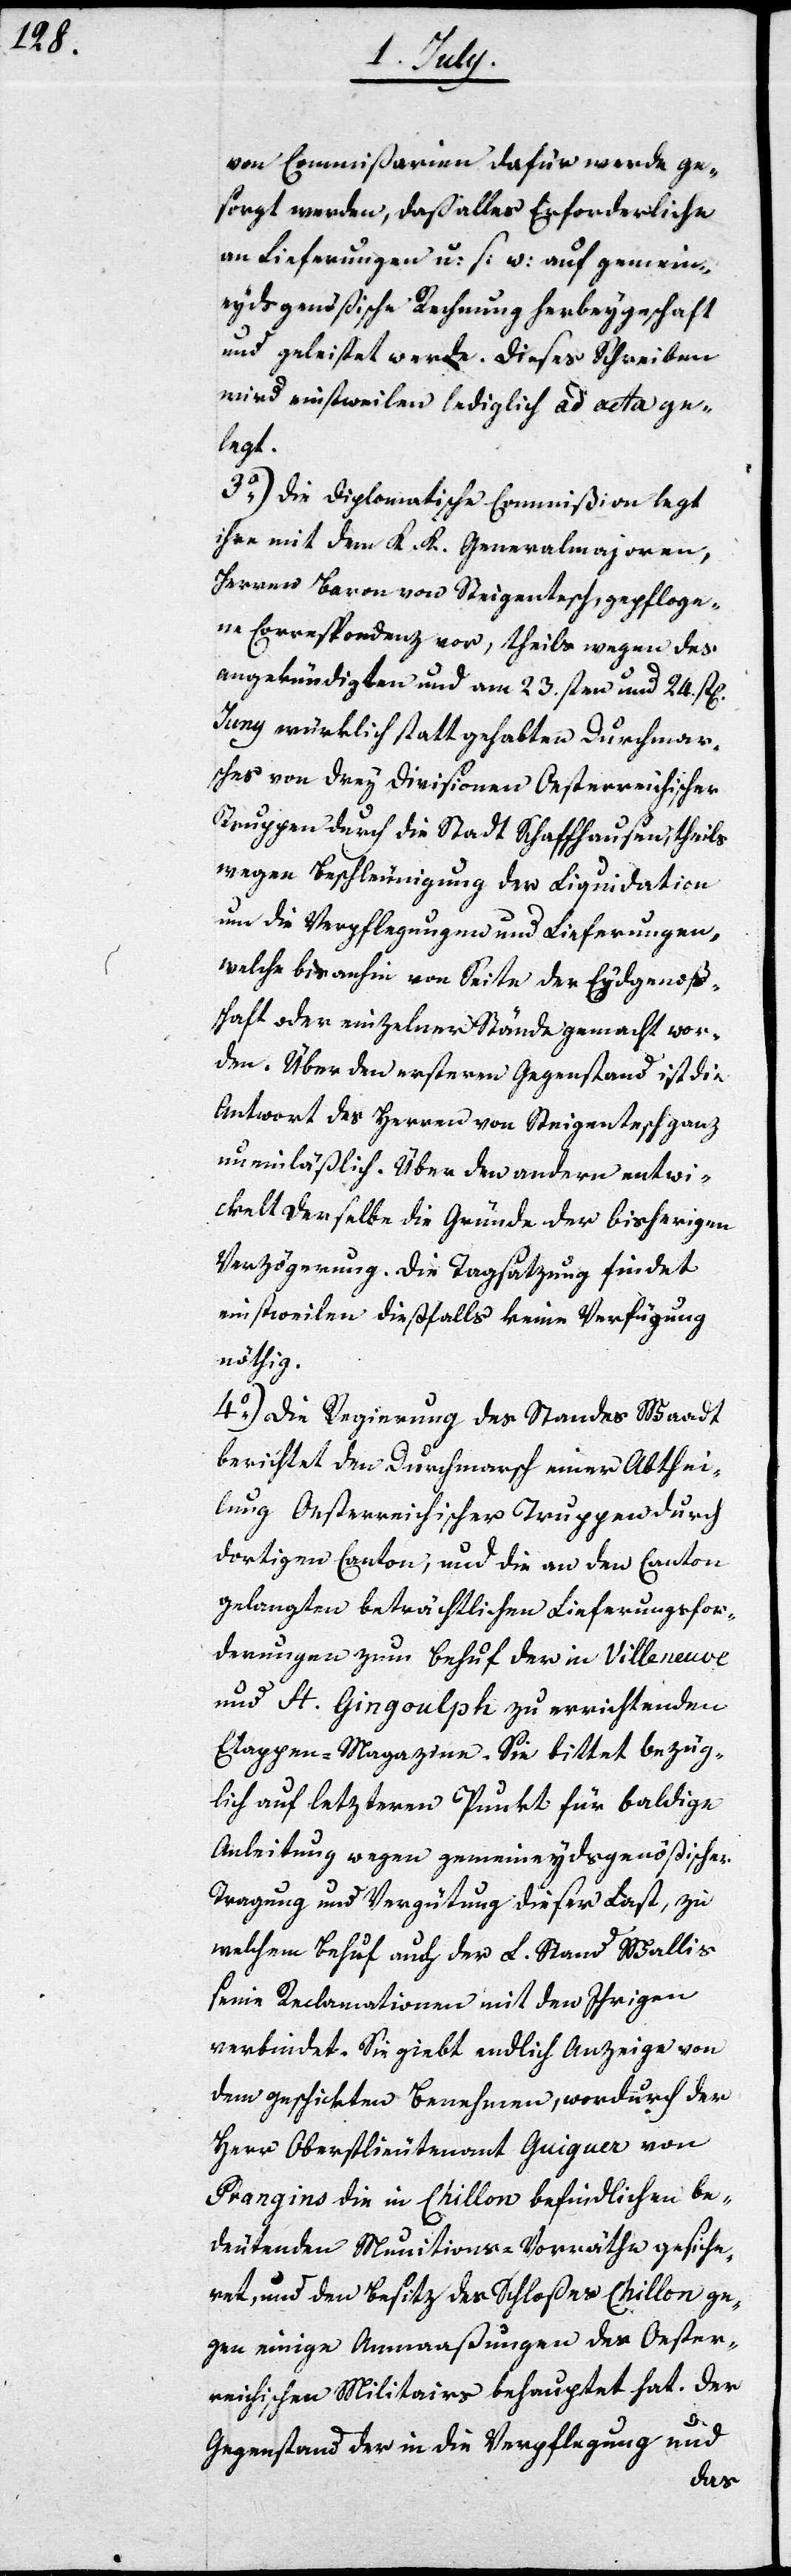
von Commißarien dafür werde ge¬
sorgt werden, daß alles Erforderliche
an Lieferungen u: s: w: auf gemein¬
eydsgenößische Rechnung herbeygeschaft
und geleistet werde. Dieses Schreiben
wird einstweilen lediglich ad acta ge¬
legt.
3o) Die Diplomatische Commißion legt
ihre mit dem K. K. Generalmajoren,
Herren Baron von Steigentesch, gepfloge¬
ne Correspondenz vor, theils wegen des
angekündigten und am 23.sten und 24.st[en]
Juny würklich statt gehabten Durchmar¬
sches von drey Divisionen Oesterreichischer
Truppen durch die Stadt Schaffhausen, theils
wegen Beschleunigung der Liquidation
um die Verpflegungen und Lieferungen,
welche bis anhin von Seite der Eydgenoß¬
schaft oder einzelner Stände gemacht wor¬
den. Über den ersteren Gegenstand ist die
Antwort des Herren von Steigentesch ganz
uneinläßlich. Über den andern entwi¬
ckelt derselbe die Gründe der bisherigen
Verzögerung. Die Tagsatzung findet
einstweilen dießfalls keine Verfügung
nöthig.
4o) Die Regierung des Standes Waadt
berichtet den Durchmarsch einer Abthei¬
lung Oesterreichsicher Truppen durch
dortigen Canton, und die an den Canton
gelangten beträchtlichen Lieferungsfor¬
derungen zum Behuf der in Villeneuve
und St. Gingoulph zu errichtenden
Etappen-Magazine. Sie bittet bezüg¬
lich auf letzteren Punkt für baldige
Anleitung wegen gemeineydsgenößischer
Tragung und Vergütung dieser Last, zu
welchem Behuf auch der L. Stand Wallis
seine Reclamationen mit den Ihrigen
verbindet. Sie giebt endlich Anzeige von
dem geschickten Benehmen, wodurch der
Herr Oberstlieutenant Guiguer von
Prangins die in Chillon befindlichen be¬
deutenden Munitions-Vorräthe gesiche¬
ret, und den Besitz des Schloßes Chillon ge¬
gen einige Anmaaßungen des Oester¬
reichischen Militairs behauptet hat. Der
Gegenstand der in die Verpflegung und